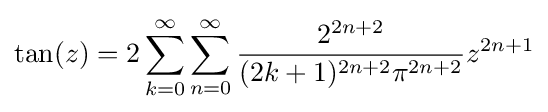
\tan(z)=2\sum _{k=0}^{\infty }\sum _{n=0}^{\infty }{\frac {2^{2n+2}}{(2k+1)^{2n+2}\pi ^{2n+2}}}z^{2n+1}